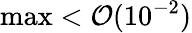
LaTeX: \operatorname*{max}<\mathcal{O}(10^{-2})